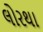
લોરથા